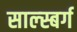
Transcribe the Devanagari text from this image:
साल्स्बर्ग